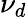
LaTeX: \nu_{d}